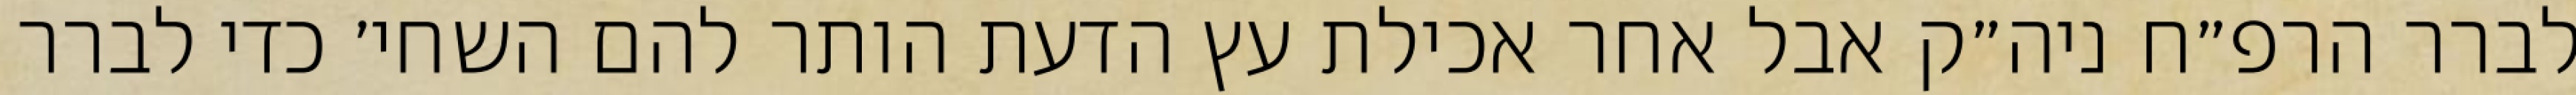
לברר הרפ״ח ניה״ק אבל אחר אכילת עץ הדעת הותר להם השחי׳ כדי לברר